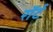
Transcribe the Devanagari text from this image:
रॉर्ट